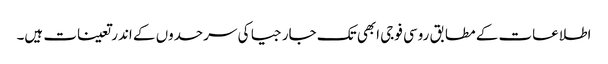
اطلاعات کے مطابق روسی فوجی ابھی تک جارجیا کی سرحدوں کے اندر تعینات ہیں۔